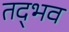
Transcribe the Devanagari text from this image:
तद्‍भव